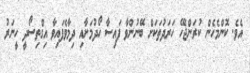
އެވެ. ކޮންމެހެން ކުރަންޖެހޭ ހަރަދުތަކަށް ބޭނުންވާ ފައިސާ ހޯދުމަށާއި ދިމާވެފައިވާ އިގްތިސޯދީ ހީނަރު